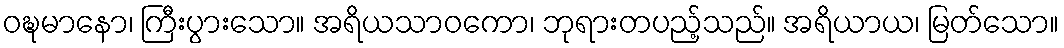
ဝဍ္ဎမာနော၊ ကြီးပွားသော။ အရိယသာဝကော၊ ဘုရားတပည့်သည်။ အရိယာယ၊ မြတ်သော။